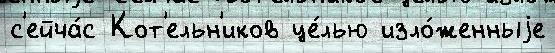
с'ейча́с Кот'ельн'иков це́лью изло́женныjе